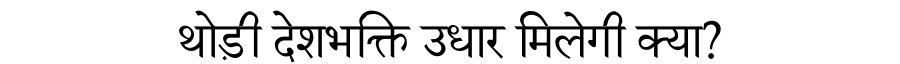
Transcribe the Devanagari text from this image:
थोड़ी देशभक्ति उधार मिलेगी क्या?